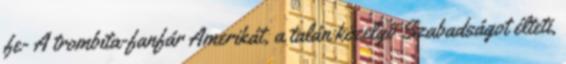
fe- A trombita-fanfár Amerikát, a talán közelgő Szabadságot élteti,